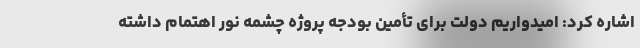
اشاره کرد: امیدواریم دولت برای تأمین بودجه پروژه چشمه نور اهتمام داشته